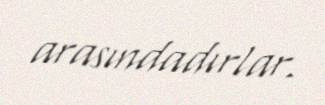
arasındadırlar.